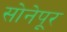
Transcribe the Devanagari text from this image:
सोनेपूर